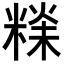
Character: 𥻕